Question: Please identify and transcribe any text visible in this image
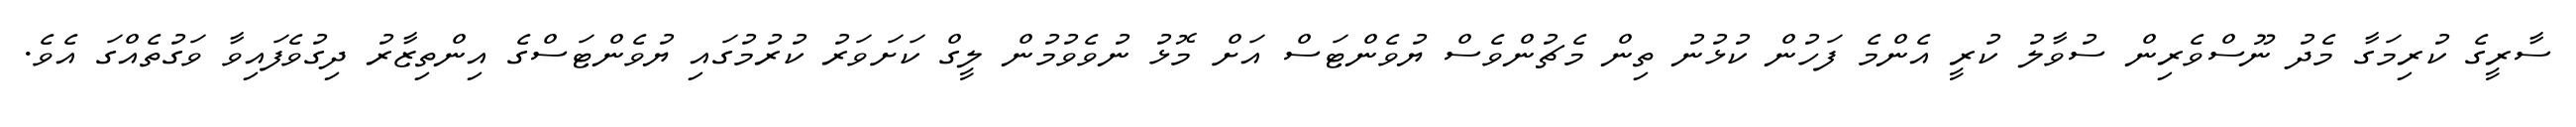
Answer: ސާރީގެ ކުރިމަގާ މެދު ނޫސްވެރިން ސުވާލު ކުރީ އެންމެ ފަހުން ކުޅުނު ތިން މެޗުންވެސް ޔުވެންޓަސް އަށް މޮޅު ނުވެވުމުން ލީގް ކަށަވަރު ކުރުމުގައި ޔުވެންޓަސްގެ އިންތިޒާރު ދިގުވެފައިވާ ވަގުތެއްގަ އެވެ.